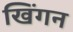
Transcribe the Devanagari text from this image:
खिंगन